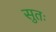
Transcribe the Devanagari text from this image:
सुतः